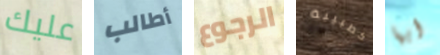
عليك أطالب الرجوع كطبيبة أيها